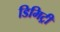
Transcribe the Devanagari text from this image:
डिमिट्री